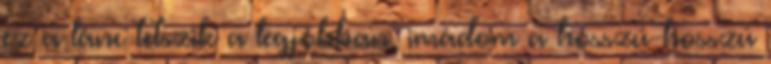
ez a lánc tetszik a legjobban, imádom a hosszú-hosszú